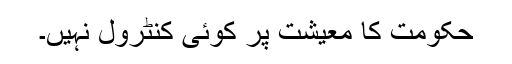
حکومت کا معیشت پر کوئی کنٹرول نہیں۔